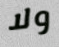
ولا